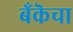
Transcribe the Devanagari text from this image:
बँकॆचा